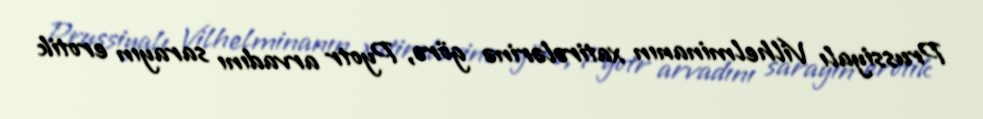
Prussiyalı Vilhelminanın xatirələrinə görə, Pyotr arvadını sarayın erotik